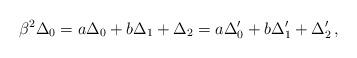
LaTeX: \begin{align*}\beta^2\Delta_0=a\Delta_0+b\Delta_1+\Delta_2=a\Delta'_0+b\Delta'_1+\Delta'_2\,,\end{align*}